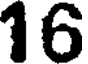
16